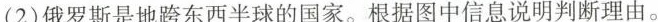
(2)俄罗斯是地跨东西半球的国家。根据图中信息说明判断理由。